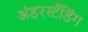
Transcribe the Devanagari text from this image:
अंडरस्टँडिंग